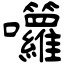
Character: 囖